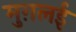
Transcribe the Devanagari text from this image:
मुग़लई